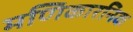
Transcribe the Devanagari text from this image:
मणिकारनिक